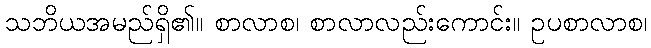
သဘိယအမည်ရှိ၏။ စာလာစ၊ စာလာလည်းကောင်း။ ဥပစာလာစ၊